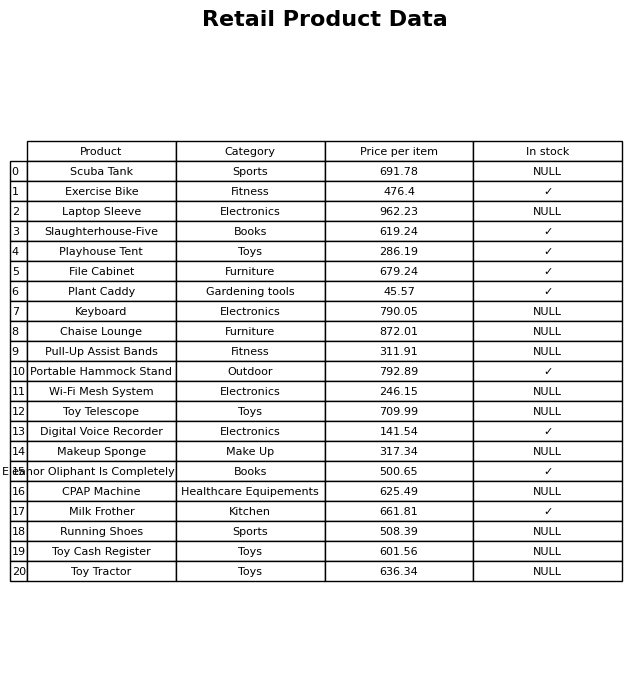
question: What category does the Makeup Sponge belong to?
answer: Make Up